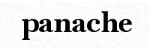
panache